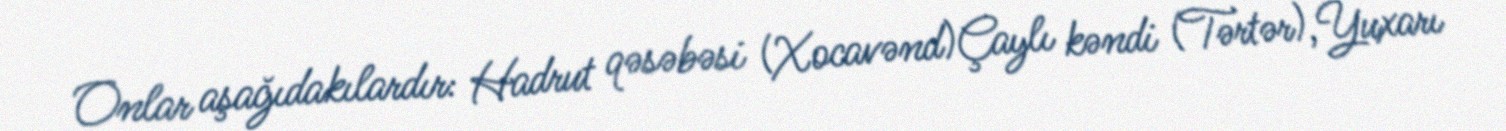
Onlar aşağıdakılardır: Hadrut qəsəbəsi (Xocavənd)Çaylı kəndi (Tərtər),Yuxarı